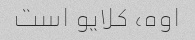
اوه، کلایو است